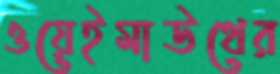
ওয়েইমাউথের